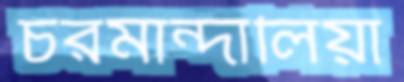
চরমান্দালিয়া